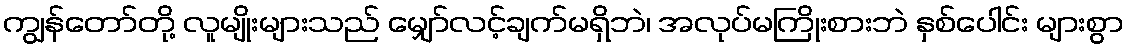
ကျွန်တော်တို့ လူမျိုးများသည် မျှော်လင့်ချက်မရှိဘဲ၊ အလုပ်မကြိုးစားဘဲ နှစ်ပေါင်း များစွာ